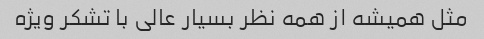
مثل همیشه از همه نظر بسیار عالی با تشکر ویژه